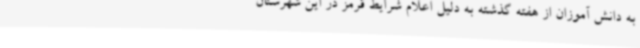
به دانش آموزان از هفته گذشته به دلیل اعلام شرایط قرمز در این شهرستان